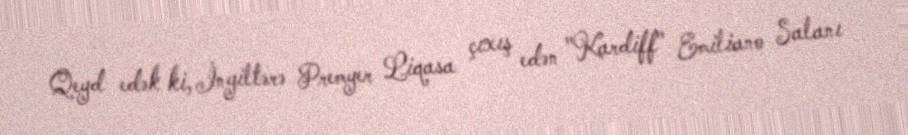
Qeyd edək ki, İngiltərə Premyer Liqasa çıxış edən "Kardiff" Emiliano Salanı